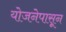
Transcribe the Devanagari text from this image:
योजनेपासून